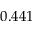
0 . 4 4 1